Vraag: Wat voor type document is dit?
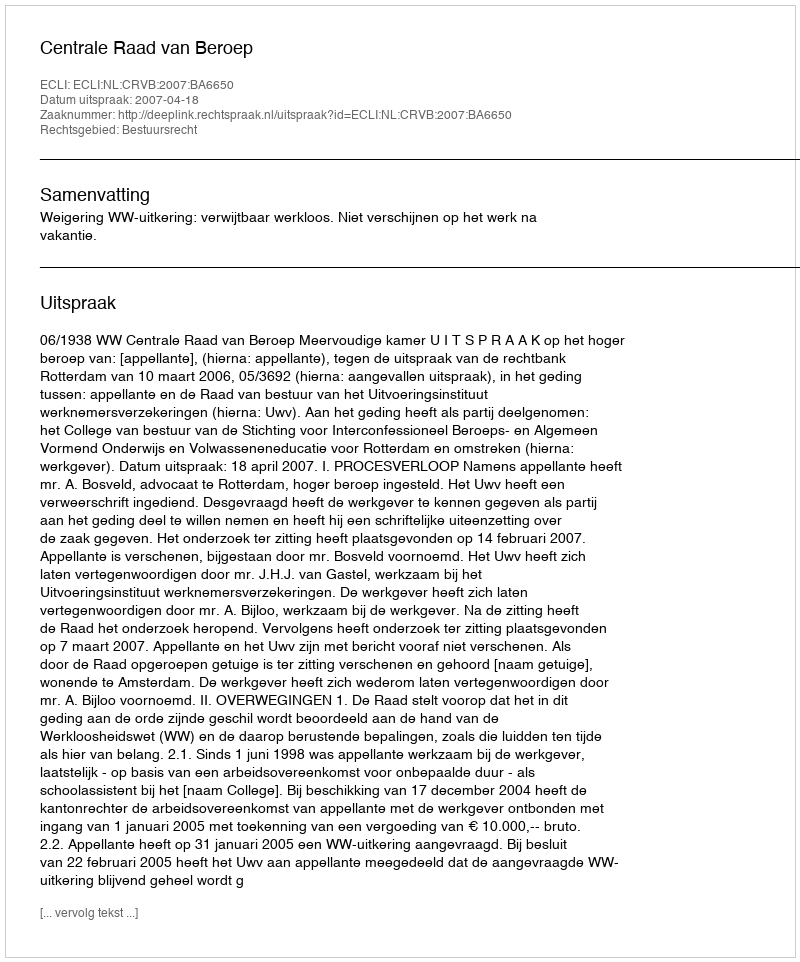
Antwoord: Uitspraak